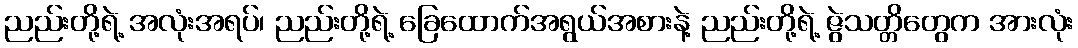
ညည်းတို့ရဲ့ အလုံးအရပ်၊ ညည်းတို့ရဲ့ ခြေထောက်အရွယ်အစားနဲ့ ညည်းတို့ရဲ့ ဇွဲသတ္တိတွေက အားလုံး